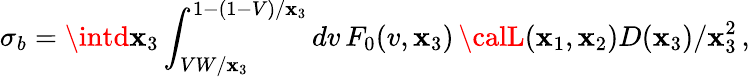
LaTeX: \sigma_{b}=\intd\mathbf{x}_{3}\int_{VW/\mathbf{x}_{3}}^{1-(1-V)/\mathbf{x}_{3}}dv\, F_{0}(v,\mathbf{x}_{3})\, {\calL}(\mathbf{x}_{1},\mathbf{x}_{2})D(\mathbf{x}_{3})/\mathbf{x}_{3}^{2}\, ,